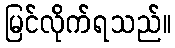
မြင်လိုက်ရသည်။